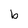
Character: b